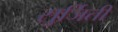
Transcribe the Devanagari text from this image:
सुर्जिती